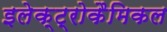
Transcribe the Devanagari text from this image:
इलेक्ट्रोकैमिकल